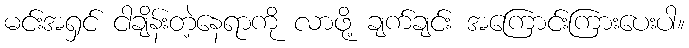
မင်းအရှင် ငါချိန်းတဲ့နေရာကို လာဖို့ ချက်ချင်း အကြောင်းကြားပေးပါ။